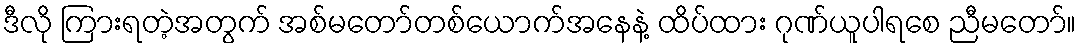
ဒီလို ကြားရတဲ့အတွက် အစ်မတော်တစ်ယောက်အနေနဲ့ ထိပ်ထား ဂုဏ်ယူပါရစေ ညီမတော်။